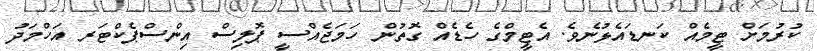
ކުރުމަށް ޓީމެއް ކަނޑައެޅުނެވެ. އެޓީމްގެ ހެޑެއް ގޮތުން ހަމަޖެއްސީ ޕޮލިސް އިންސްޕެކްޓަރ އަހްމަދު